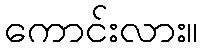
ကောင်းလား။